Problem: 8 × 6 = ?
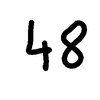
Handwritten answer: 48